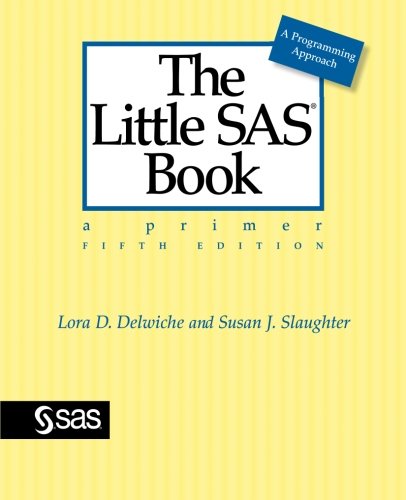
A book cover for The Little SAS Book: A Primer, Fifth Edition; Lora Delwiche; Computers & Technology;